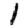
Digit: 1